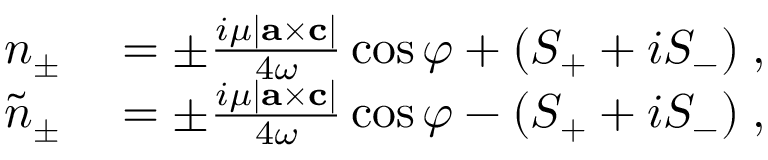
\begin{array} { r l } { n _ { \pm } } & { { } = \pm \frac { i \mu | { \bf { a } } \times { \bf { c } } | } { 4 \omega } \cos \varphi + ( S _ { + } + i S _ { - } ) \; , } \\ { \tilde { n } _ { \pm } } & { { } = \pm \frac { i \mu | { \bf { a } } \times { \bf { c } } | } { 4 \omega } \cos \varphi - ( S _ { + } + i S _ { - } ) \; , } \end{array}